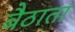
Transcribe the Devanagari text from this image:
बैठाता